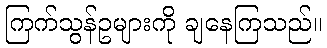
ကြက်သွန်ဥများကို ချနေကြသည်။